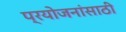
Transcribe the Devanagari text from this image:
प्रयोजनांसाठी